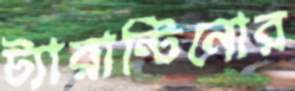
ট্যারান্টিনোর